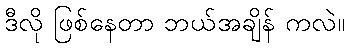
ဒီလို ဖြစ်နေတာ ဘယ်အချိန် ကလဲ။